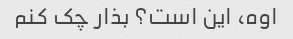
اوه، این است؟ بذار چک کنم